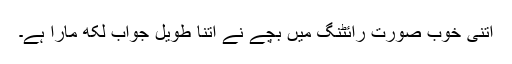
اتنی خوب صورت رائٹنگ میں بچے نے اتنا طویل جواب لکھ مارا ہے۔